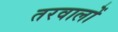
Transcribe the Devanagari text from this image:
तरवालों